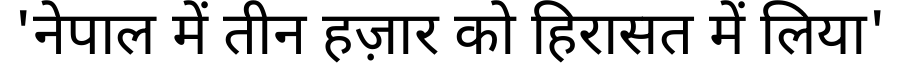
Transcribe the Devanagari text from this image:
'नेपाल में तीन हज़ार को हिरासत में लिया'